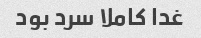
غدا کاملا سرد بود